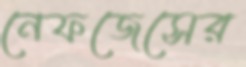
নেফজেসের